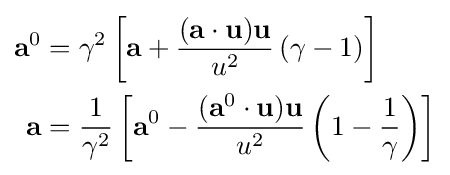
{\begin{aligned}\mathbf {a} ^{0}&=\gamma ^{2}\left[\mathbf {a} +{\frac {(\mathbf {a} \cdot \mathbf {u} )\mathbf {u} }{u^{2}}}\left(\gamma -1\right)\right]\\\mathbf {a} &={\frac {1}{\gamma ^{2}}}\left[\mathbf {a} ^{0}-{\frac {(\mathbf {a} ^{0}\cdot \mathbf {u} )\mathbf {u} }{u^{2}}}\left(1-{\frac {1}{\gamma }}\right)\right]\end{aligned}}